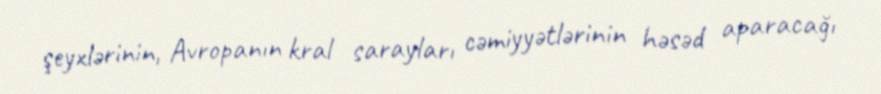
şeyxlərinin, Avropanın kral sarayları cəmiyyətlərinin həsəd aparacağı